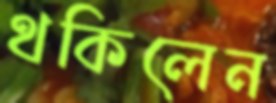
থকিলেন